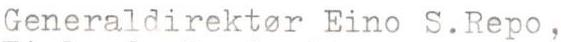
Generaldirektor Eino S.Repo,